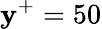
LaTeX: \mathbf{y}^{+}=50